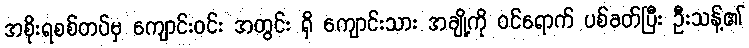
အစိုးရစစ်တပ်မှ ကျောင်းဝင်း အတွင်း ရှိ ကျောင်းသား အချို့ကို ဝင်ရောက် ပစ်ခတ်ပြီး ဦးသန့်၏